Vaccination in Bombay 1924-1928 - 1924-1928
Year: 1924
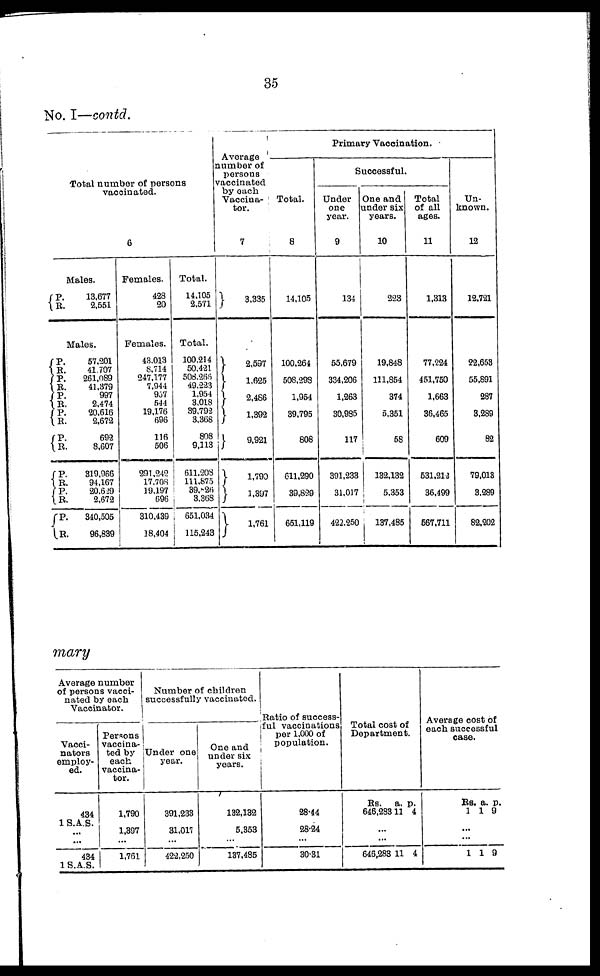
35
No. I—contd.
Total number of persons
vaccinated.
6
Males.
P.
R.
13,677
2,551
Males.
P.
R.
P.
R.
P.
R.
P.
R.
P.
R.
P.
R.
P. R.
P.
R.
57,201
41,707
261,089
41,379
997
2,474
20,616
2,672
692
8,607
319,966
94,167
20,629
2,672
340,505
96,839
Females.
428
20
Females.
43,013
8,714
247,177
7,944
957
544
19,176
696
116
506
291,242
17,708
19,197
696
310,439
18,404
Total.
14,105
2,571
Total.
100,214
50,421
508,266
49,223
1,954
3,018
39,792
3,368
808
9,113
611,208
111,875
39,826
3,368
651,034
115,243
Average
number of
persons
vaccinated
by each
Vaccina¬
tor.
7
3,335
2,597
1,625
2,486
1,392
9,921
1,790
1,397
1,761
Primary Vaccination.
Total.
8
14,105
100,264
508,298
1,954
39,795
808
611,290
39,829
651,119
Successful.
Under
one
year.
9
134
55,679
334,206
1,263
30,985
117
391,233
31,017
422,250
One and
under six
years.
10
223
19,848
111,854
374
5,351
58
132,132
5,353
137,485
Total
of all
ages.
11
1,313
77,224
451,750
1,663
36,465
609
531,212
36,499
567,711
Un-
known.
12
12,721
22,653
55,891
287
3,289
82
79,013
3,289
82,202
mary
Average number
of persons vacci-
nated by each
Vaccinator.
Vacci¬
nators
employ-
ed.
434
1 S.A.S.
...
...
434
1 S.A.S.
Persons
vaccina-
ted by
each
vaccina-
tor.
1,790
1,397
...
1,761
Number of children
successfully vaccinated.
Under one
year.
391,233
31,017
...
422,250
One and
under six
years.
132,132
5,353
...
137,485
Ratio of success-
ful vaccinations
per 1,000 of
population.
28.44
28.24
...
30.31
Total cost of
Department.
Rs.
646,283
a.
11
p.
4
...
...
646,283 11 4
Average cost of
each successful
case.
Rs.
1
a.
1
p.
9
...
...
1 1 9